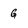
Character: g